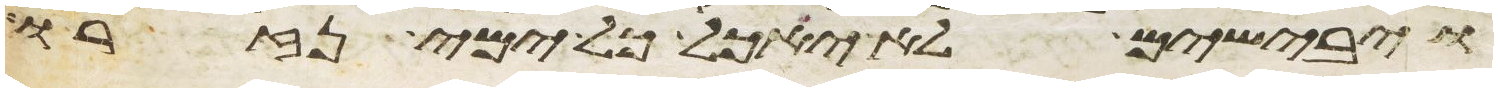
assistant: ויבישים לא יאכל כל ימי נזרו